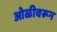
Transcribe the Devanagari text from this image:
ओळीवरून